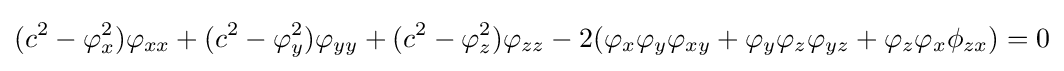
(c^{2}-\varphi _{x}^{2})\varphi _{xx}+(c^{2}-\varphi _{y}^{2})\varphi _{yy}+(c^{2}-\varphi _{z}^{2})\varphi _{zz}-2(\varphi _{x}\varphi _{y}\varphi _{xy}+\varphi _{y}\varphi _{z}\varphi _{yz}+\varphi _{z}\varphi _{x}\phi _{zx})=0